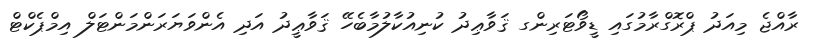
ރާއްޖެ މިއަދު ޕްރޮގްރާމުގައި ޑީވޯޓަރިންގ ޤަވާޢިދު ކުނިއުކާލުމާބެހޭ ޤަވާޢީދު އަދި އެންވަޔަރަންމަންޓަލް އިމްޕެކްޓް